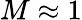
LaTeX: M\approx 1